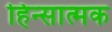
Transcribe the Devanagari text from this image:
हिन्सात्मक